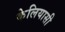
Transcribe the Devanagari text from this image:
केलियासी